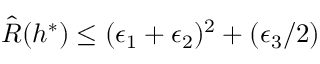
\hat { R } ( h ^ { * } ) \leq ( \epsilon _ { 1 } + \epsilon _ { 2 } ) ^ { 2 } + ( \epsilon _ { 3 } / 2 )